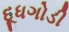
દૂધગોડી